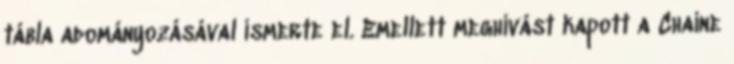
tábla adományozásával ismerte el. Emellett meghívást kapott a Chaine